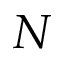
N